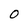
Character: 0